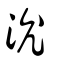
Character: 沇